Indian journal of veterinary science and animal husbandry - Volumes 15-17, 1948-1951
Year: 1948
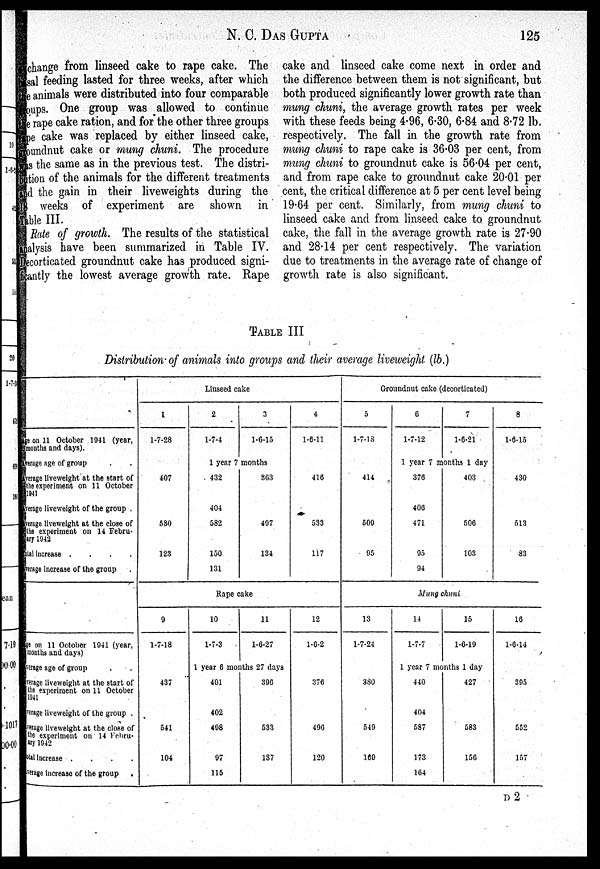
N.
C.
DAS
GUPTA
125
change from linseed cake to rape cake. The
basal feeding lasted for three weeks, after which
the animals were distributed into four comparable
groups. One group was allowed to continue
the rape cake ration, and for the other three groups
rape cake was replaced by either linseed cake,
groundnut cake or mung chuni. The procedure
was the same as in the previous test. The distri¬
bution of the animals for the different treatments
and the gain in their liveweights during the
18 weeks of experiment are shown in
Table III.
Rate of growth. The results of the statistical
analysis have been summarized in Table IV.
Decorticated groundnut cake has produced signi-
ficantly the lowest average growth rate. Rape
TABLE III
Distribution of animals into groups and their average liveweight (lb.)
cake and linseed cake come next in order and
the difference between them is not significant, but
both produced significantly lower growth rate than
mung chuni, the average growth rates per week
with these feeds being 4.96, 6.30, 6.84 and 8.72 lb.
respectively. The fall in the growth rate from
mung chuni to rape cake is 36.03 per cent, from
mung chuni to groundnut cake is 56.04 per cent,
and from rape cake to groundnut cake 20.01 per
cent, the critical difference at 5 per cent level being
19.64 per cent. Similarly, from mung chuni to
linseed cake and from linseed cake to groundnut
cake, the fall in the average growth rate is 27.90
and 28.14 per cent respectively. The variation
clue to treatments in the average rate of change of
growth rate is also significant.
Age on 11 October 1041 (year,
months and days).
Average age of group
Average liveweight at the start of
the experiment on 11 October
1941
Average liveweight of the group .
Average liveweight at the close of
the experiment on 14 Febru-
ary 1942
Total Increase .
.
.
.
average increase of the group
Age on 11 October 1941 (year,
months and days)
Average age of group
Average liveweight at the start of
the experiment on 11 October
1941
Average liveweight of the group .
Average liveweight at the close of
the experiment on 14 Febru-
ary 1942
Total Increase .
.
.
.
Average increase of the group
Linseed cake
1
1-7-28
2
1-7-4
3
1-6-15
4
1-6-11
1 year 7 months
407
580
123
432
404
582
150
131
863
497
134
416
533
117
Rape cake
9
1-7-18
10
1-7-3
11
1-6-27
12
1-6-2
1 year 6 months 27 days
437
541
104
401
402
498
97
115
390
533
137
376
496
120
Groundnut cake (decorticated)
5
1-7-18
6
1-7-12
7
1-6-21
8
1-6-15
1 year 7 months 1 day
414
509
95
376
400
471
95
94
403
506
103
430
513
33
Mung chuni
13
1-7-24
14
1-7-7
15
1-6-19
16
1-6-14
1 year 7 months 1 day
380
549
169
440
404
587
173
164
427
583
156
395
552
157
D 2